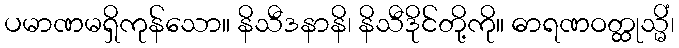
ပမာဏမရှိကုန်သော။ နိသီဒနာနိ၊ နိသီဒိုင်တို့ကို။ ဓာရဏဝတ္ထုသ္မိံ၊